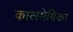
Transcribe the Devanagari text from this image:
कालमेषिका